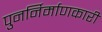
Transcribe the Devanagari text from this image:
पुनर्निर्माणकारी